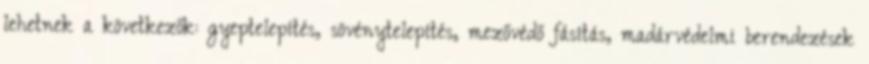
lehetnek a következők: gyeptelepítés, sövénytelepítés, mezővédő fásítás, madárvédelmi berendezések